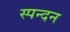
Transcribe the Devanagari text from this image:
स्‍पन्‍दन